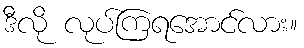
ဒီလို လုပ်ကြရအောင်လား။